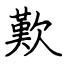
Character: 歎